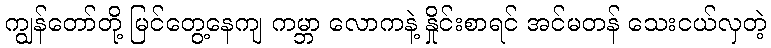
ကျွန်တော်တို့ မြင်တွေ့နေကျ ကမ္ဘာ လောကနဲ့ နှိုင်းစာရင် အင်မတန် သေးငယ်လှတဲ့